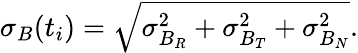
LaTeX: \sigma_{B}(t_{i})=\sqrt{\sigma_{B_{R}}^{2}+\sigma_{B_{T}}^{2}+\sigma_{B_{N}}^{2}}.